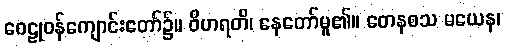
ဝေဠုဝန်ကျောင်းတော်၌။ ဝိဟရတိ၊ နေတော်မူ၏။ တေနစသ မယေန၊